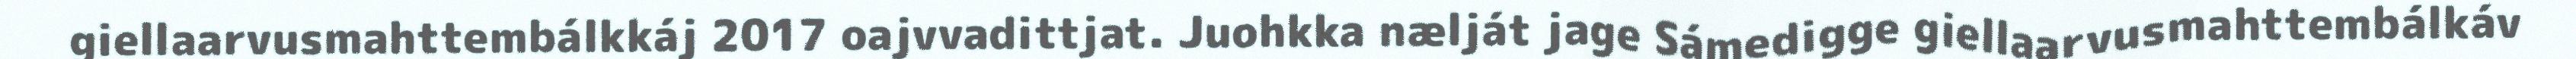
giellaarvusmahttembálkkáj 2017 oajvvadittjat. Juohkka nælját jage Sámedigge giellaarvusmahttembálkáv